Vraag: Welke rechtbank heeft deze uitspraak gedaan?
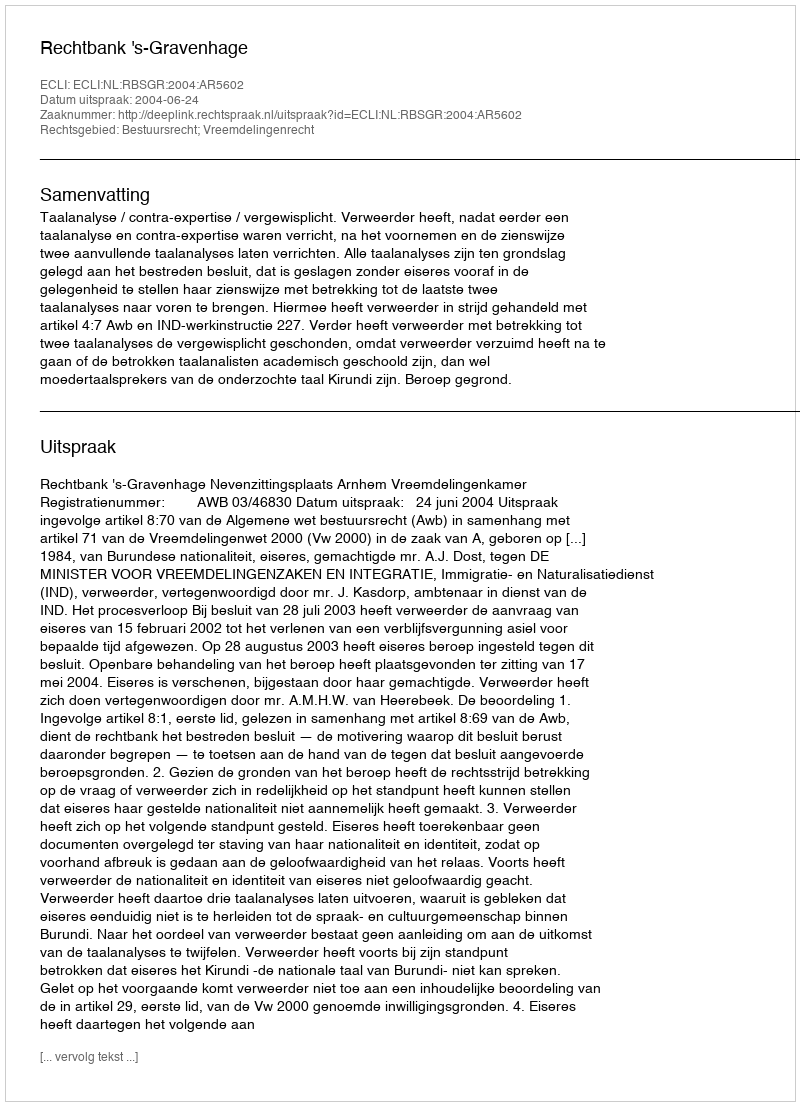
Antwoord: Rechtbank 's-Gravenhage